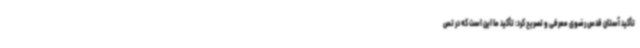
تأکید آستان قدس رضوی معرفی و تصریح کرد: تأکید ما این است که در تص